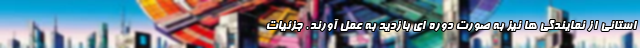
استانی از نمایندگی ها نیز به صورت دوره ای بازدید به عمل آورند. جزئیات